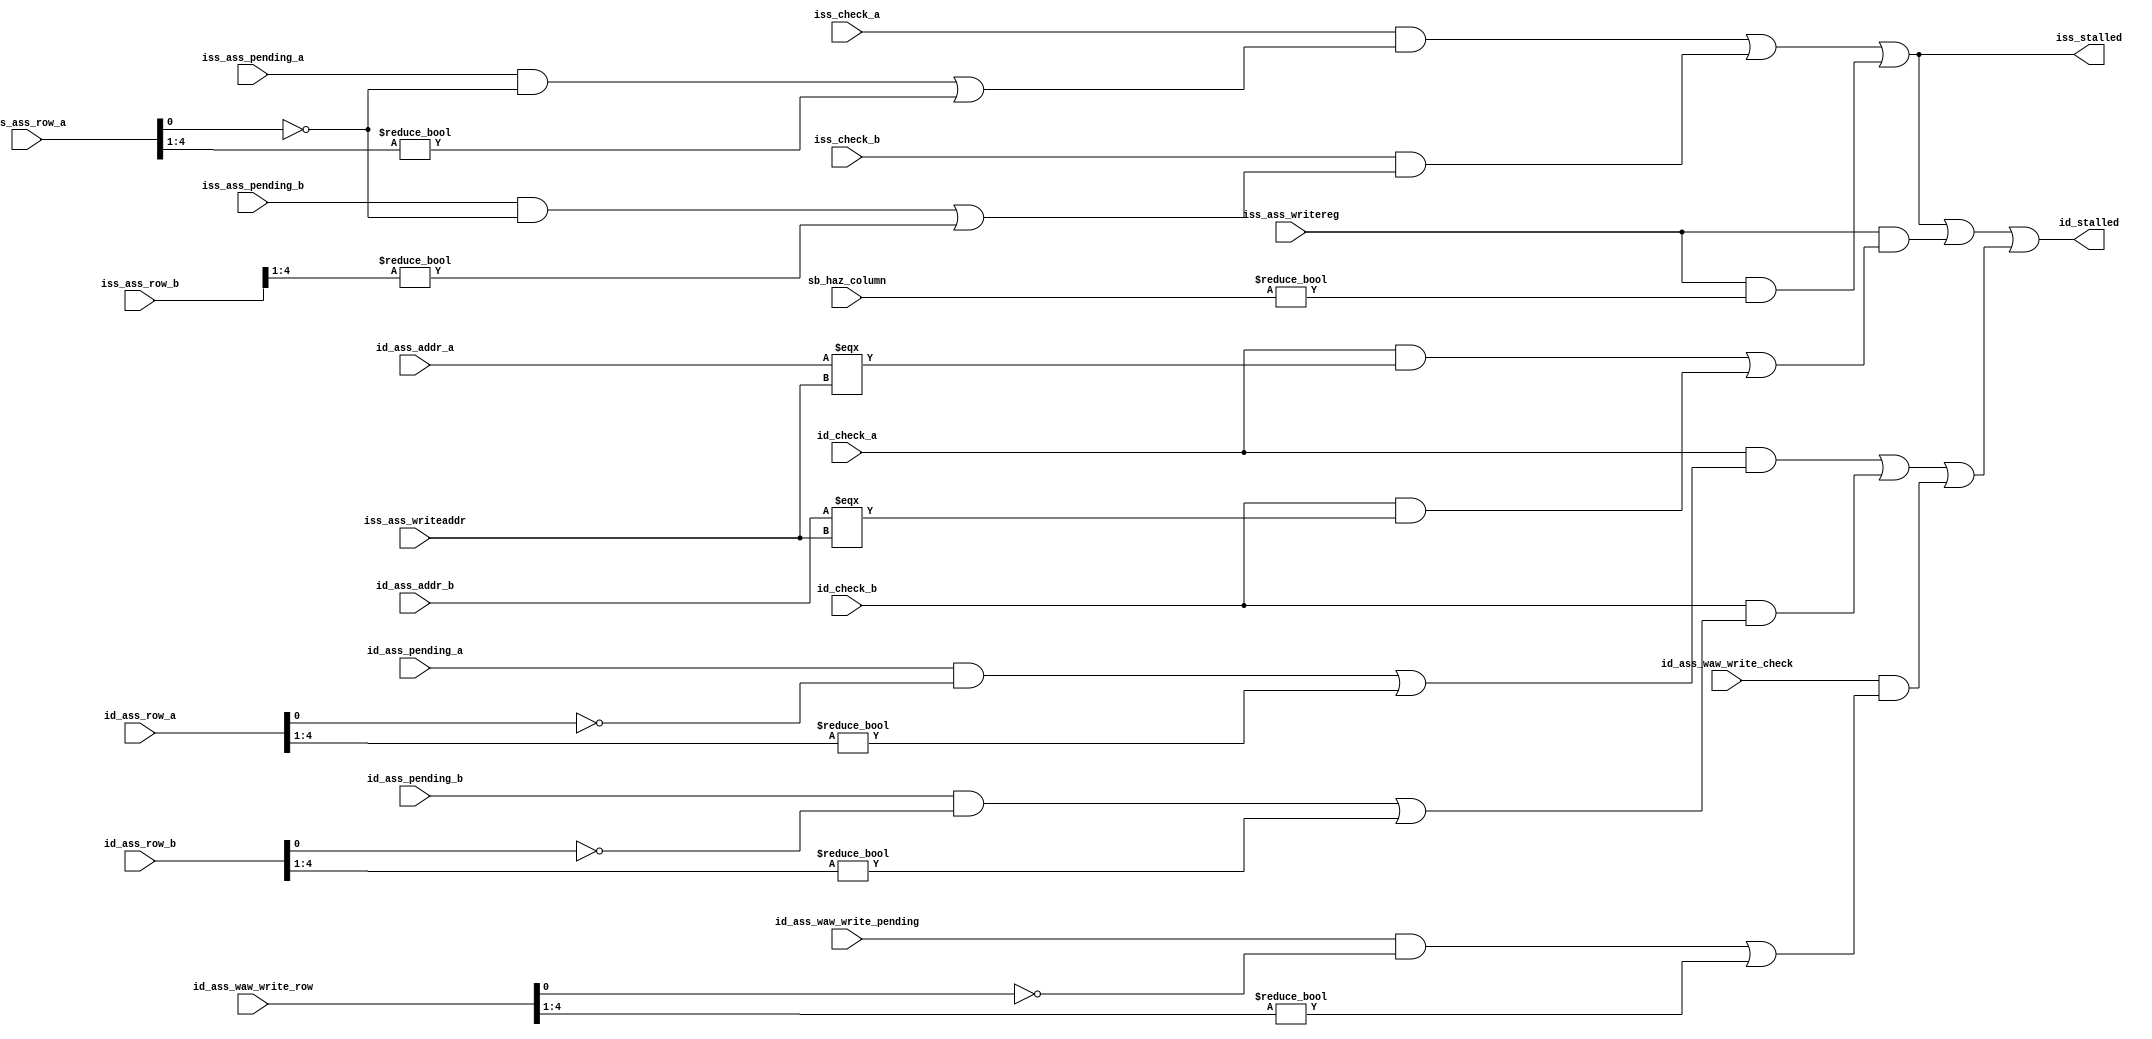
`ifndef HAZARDDETECTOR_V
`define HAZARDDETECTOR_V

// Issue interface: detects stalls for instructions which read from the ARF
// during the Issue stage (everything except for branches and jr)
//
// Decode interface: detects stalls for instructions which read from the ARF
// during the Decode stage (branches, jr)

module HazardDetector (
    // Issue interface
    input iss_ass_pending_a,
    input [4:0] iss_ass_row_a,
    input iss_check_a,
    input iss_ass_pending_b,
    input [4:0] iss_ass_row_b,
    input iss_check_b,

    output iss_stalled,

    // Decode interface
    input [4:0] id_ass_addr_a,
    input id_ass_pending_a,
    input [4:0] id_ass_row_a,
    input id_check_a, // 1 = check both registers, 0 = check 'a' only
    input [4:0] id_ass_addr_b,
    input id_ass_pending_b,
    input [4:0] id_ass_row_b,
    input id_check_b,
    input [4:0] iss_ass_writeaddr,

    // Writeback structural hazard check
    input iss_ass_writereg,
    input [31:0] sb_haz_column,

    // WAW hazard check
    input id_ass_waw_write_pending,
    input [4:0] id_ass_waw_write_row,
    input id_ass_waw_write_check,

    output id_stalled

);

assign iss_stalled =
    iss_check_a &&
    (iss_ass_pending_a && !(iss_ass_row_a[0]) || iss_ass_row_a[4:1] != 0) ||
    iss_check_b &&
    (iss_ass_pending_b && !(iss_ass_row_a[0]) || iss_ass_row_b[4:1] != 0) ||
    iss_ass_writereg && (sb_haz_column != 0);

// Note: Decode and Fetch must also be stalled when Issue is stalled.
assign id_stalled = iss_stalled || (
        iss_ass_writereg && (
            (id_check_a && id_ass_addr_a === iss_ass_writeaddr) ||
            (id_check_b && id_ass_addr_b === iss_ass_writeaddr)
        )
    ) || (
    id_check_a &&
    (id_ass_pending_a && !(id_ass_row_a[0]) || id_ass_row_a[4:1] != 0) ||
    id_check_b &&
    (id_ass_pending_b && !(id_ass_row_b[0]) || id_ass_row_b[4:1] != 0) ||
    id_ass_waw_write_check &&
    (id_ass_waw_write_pending && !(id_ass_waw_write_row[0]) ||
        id_ass_waw_write_row[4:1] != 0)
);

endmodule

`endif